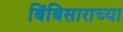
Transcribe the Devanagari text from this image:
बिंबिसाराच्या